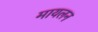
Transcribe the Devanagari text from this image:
मायलन